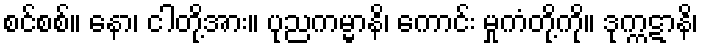
စင်စစ်။ နော၊ ငါတို့အား။ ပုညကမ္မာနိ၊ ကောင်း မှုကံတို့ကို။ ဒုက္ကဋာနိ၊